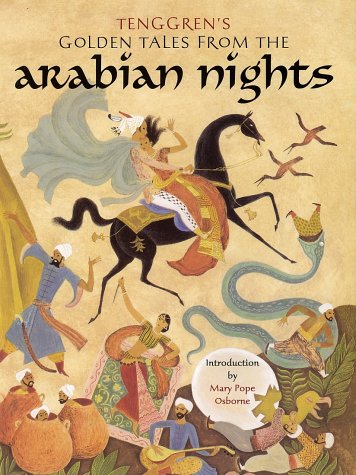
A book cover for Tenggren's Golden Tales from the Arabian Nights; Gustaf Tenggren; Children's Books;